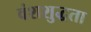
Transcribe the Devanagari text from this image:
वंशशुद्धता